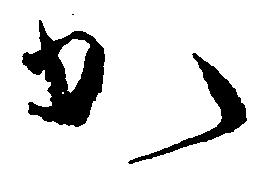
か